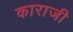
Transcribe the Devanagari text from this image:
काराजी